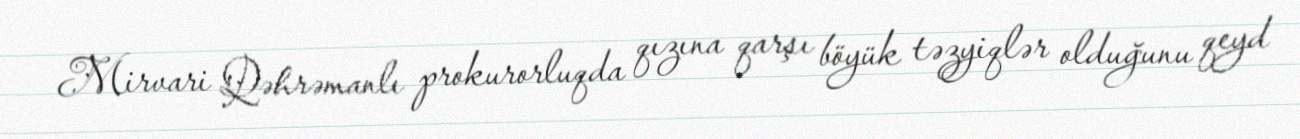
Mirvari Qəhrəmanlı prokurorluqda qızına qarşı böyük təzyiqlər olduğunu qeyd